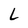
Character: L